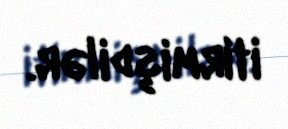
itirmişdilər.